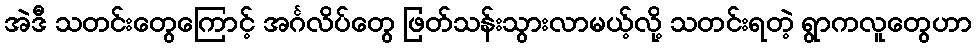
အဲဒီ သတင်းတွေကြောင့် အင်္ဂလိပ်တွေ ဖြတ်သန်းသွားလာမယ့်လို့ သတင်းရတဲ့ ရွာကလူတွေဟာ